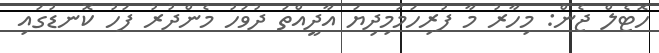
ހޮޓެލް ޖެން: މިހާރު މާ ފުރިހަމަމިދިޔަ އާދީއްތަ ދުވަހު މެންދުރު ފަހު ކޮނޑުގައި